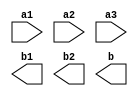
module Group3_Lab3(a1,a2,a3,b1,b2,b);
input a1,a2,a3;
output b1,b2,b;

endmodule